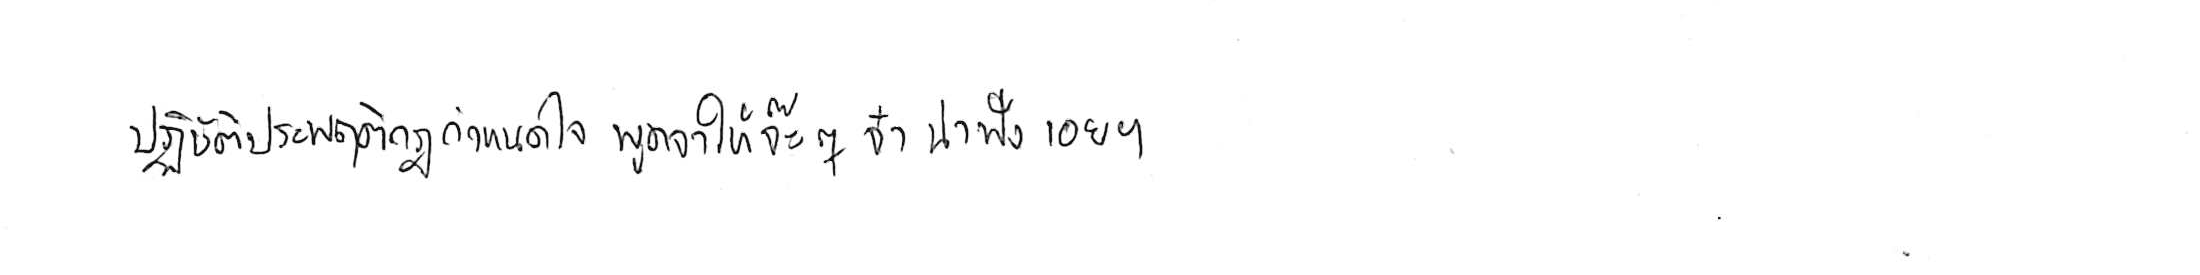
ปฏิบัติประพฤติกฎกำหนดใจ พูดจาให้จ๊ะๆ จ๋า น่าฟังเอยฯ